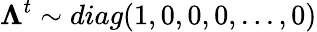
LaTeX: \boldsymbol{\Lambda}^{t}\sim diag(1,0,0,0,...,0)